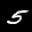
Label: 5